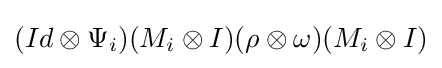
(Id\otimes \Psi _{i})(M_{i}\otimes I)(\rho \otimes \omega )(M_{i}\otimes I)